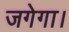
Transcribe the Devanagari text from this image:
जगेगा।